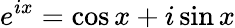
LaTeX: e^{ix}=\cos x+i\sin x